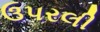
ઉપરલી